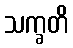
သက္ခတိ